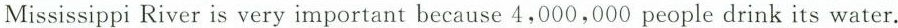
Mississippi River is very important because 4,000,000 people drink its water.